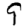
Digit: 9